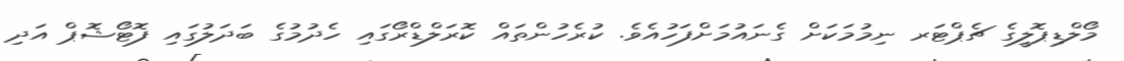
މޯލްޑިޕޮލީގެ ޗެޕްޓަރ ނިމުމަކަށް ގެނައުމަށްފަހުއެވެ. ކުރެހުންތައް ކޮރަލްޑްރޯގައި ހެދުމުގެ ބަދަލުގައި ފޮޓޯޝޮޕް އަދި